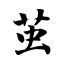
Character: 茧